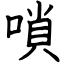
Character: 嗩